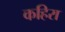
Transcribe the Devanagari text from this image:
कहिरा